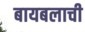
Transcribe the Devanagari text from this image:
बायबलाची